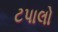
ટપાલો